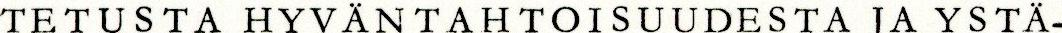
TETUSTA HYVÄNTAHTOISUUDESTA JA YSTÄ-